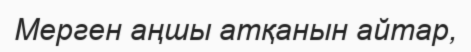
Мерген аңшы атқанын айтар,